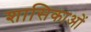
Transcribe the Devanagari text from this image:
शासिकाओं